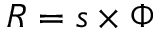
R = s \times \Phi